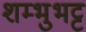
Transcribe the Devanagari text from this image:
शम्भुभट्ट